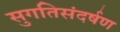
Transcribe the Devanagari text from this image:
सुगतिसंदर्षण